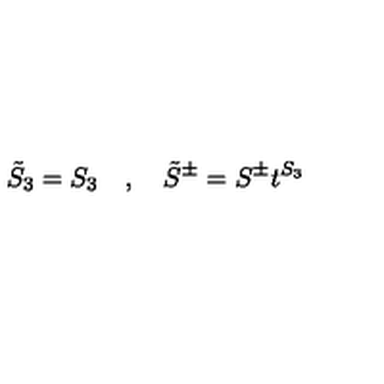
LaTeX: \tilde { S } _ { 3 } = S _ { 3 } \quad , \quad \tilde { S } ^ { \pm } = S ^ { \pm } t ^ { S _ { 3 } }